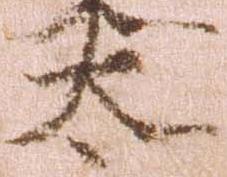
太